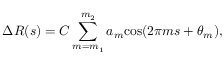
\Delta R ( s ) = C \sum _ { m = m _ { 1 } } ^ { m _ { 2 } } a _ { m } \mathrm { c o s } ( 2 \pi m s + \theta _ { m } ) ,